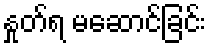
နှုတ်ရ မဆောင်ခြင်း